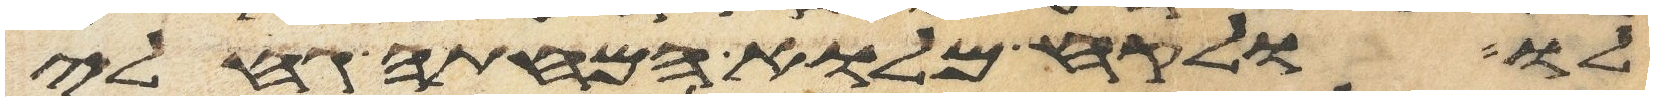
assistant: לו ולקח מלוא המחתה גחלי